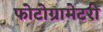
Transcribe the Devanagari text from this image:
फोटोग्रामेटरी